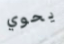
يحوي